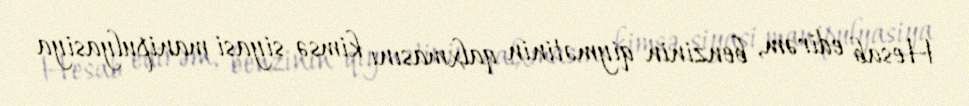
Hesab edirəm, benzinin qiymətinin qalxmasını kimsə siyasi manipulyasiya